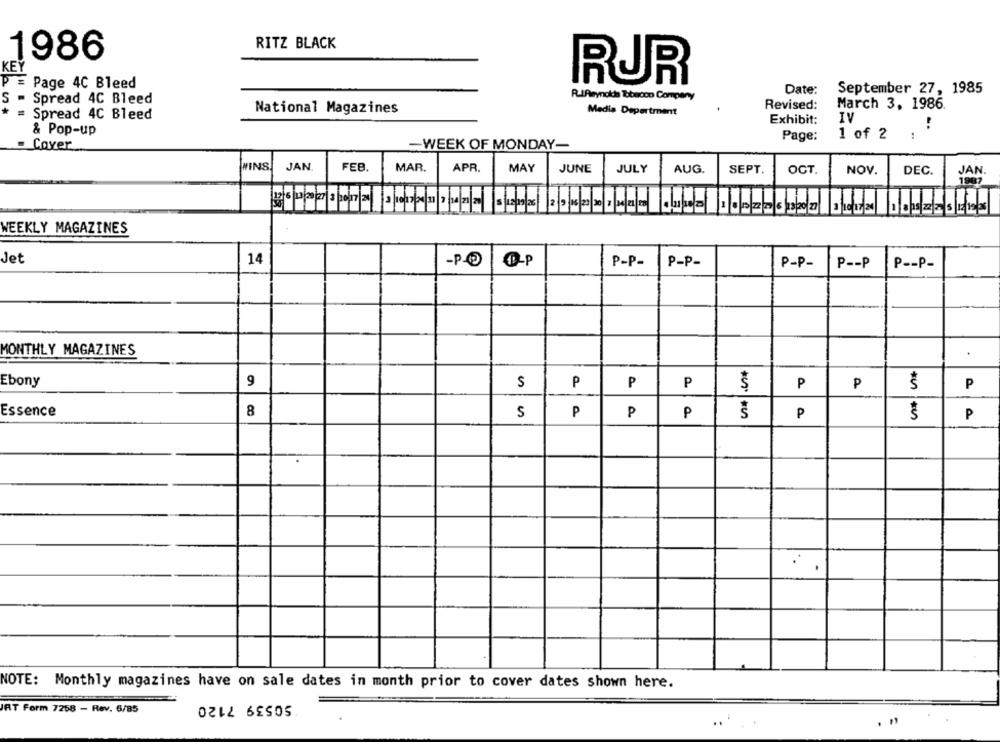
RITZ BLACK
1986
KEY
RUR
PE Page 4C Bleed
September 27, 1985
R.lArynods Tobacco Company
Date:
S - Spread 4C Bleed
National Magazines
Media Department
Revised:
March 3, 1986.
* = Spread 4C Bleed
IV
Exhibit:
& Pop-up
Page:
1 of 2
:
- Cover
-WEEK OF MONDAY-
MINS
JAN
FEB.
MAR.
APR.
MAY
JUNE
JULY
AUG.
SEPT.
OCT.
NOV.
DEC.
JAN.
126 /10/ 27/3/2017 24|2/10/12/20 21 7/1 2/20 5121925 2/9/16/20 1 1/2 2 09/20 101205522 1/10/1
WEEKLY MAGAZINES
Jet
14
P-P-
P-P-
P-P-
P -- P
P __ p-
MONTHLY MAGAZINES
Ebony
9
S
P
P
P
P
$
P
Essence
8
S
P
P
P
P
P
NOTE: Monthly magazines have on sale dates in month prior to cover dates shown here.
50539 7120
RT Form 7258 - Rev. 6/85